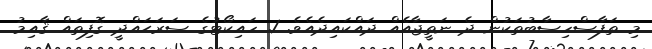
މި ތަފާސްހިސާބުތަކުން ދެ ނަތީޖާއެއް ދައްކައިދެއެވެ. 1. ހައިކޯޓުގެ ސަރަޙައްދީ ގޮފިތައް ޤާއިމު